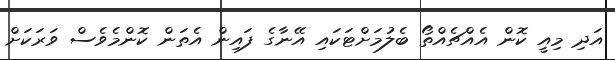
އަދި މިއީ ކޮން އެއްޗެއްތޯ ބެލުމަށްޓަކައި އޭނާގެ ފައިން އެތަން ކޮންމެވެސް ވަރަކަށް